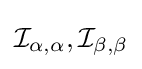
{\mathcal {I}}_{\alpha ,\alpha },{\mathcal {I}}_{\beta ,\beta }